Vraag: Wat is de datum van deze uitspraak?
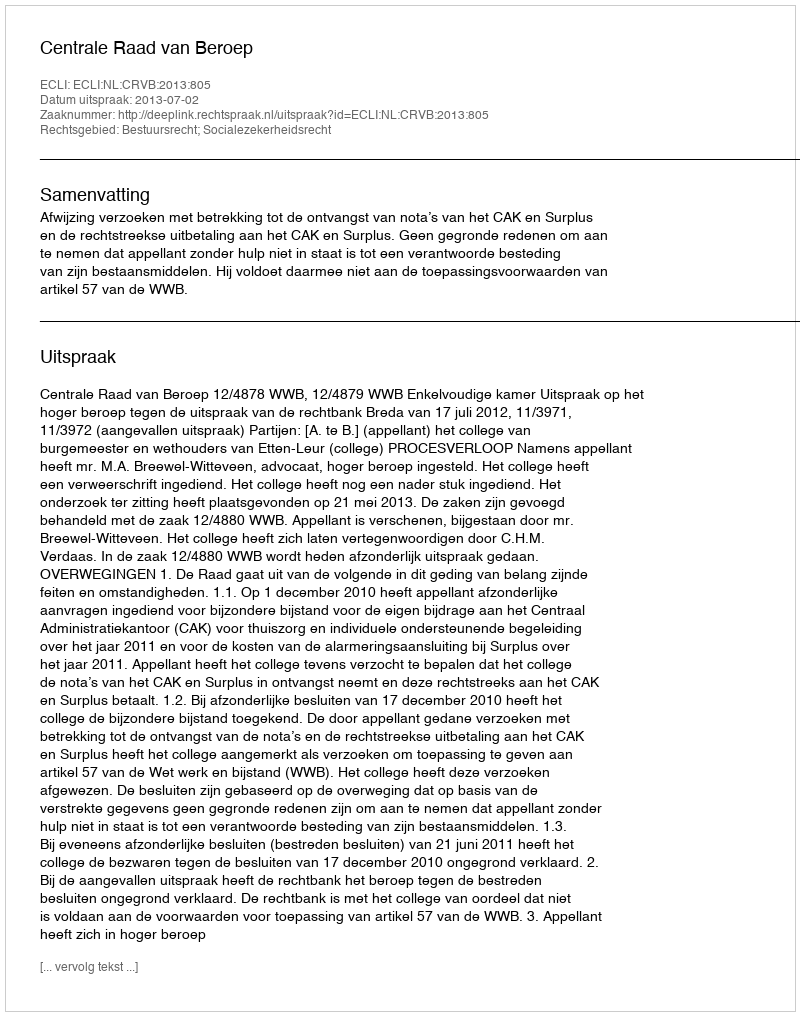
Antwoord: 2013-07-02